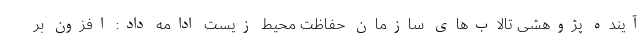
آینده پژوهشی تالاب‌های سازمان حفاظت محیط زیست ادامه داد: افزون بر